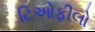
ટિઓફીલો